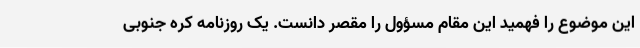
این موضوع را فهمید این مقام مسؤول را مقصر دانست. یک روزنامه کره جنوبی